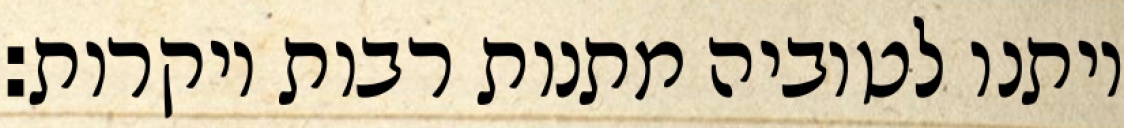
ויתנו לטוביה מתנות רבות ויקרות: